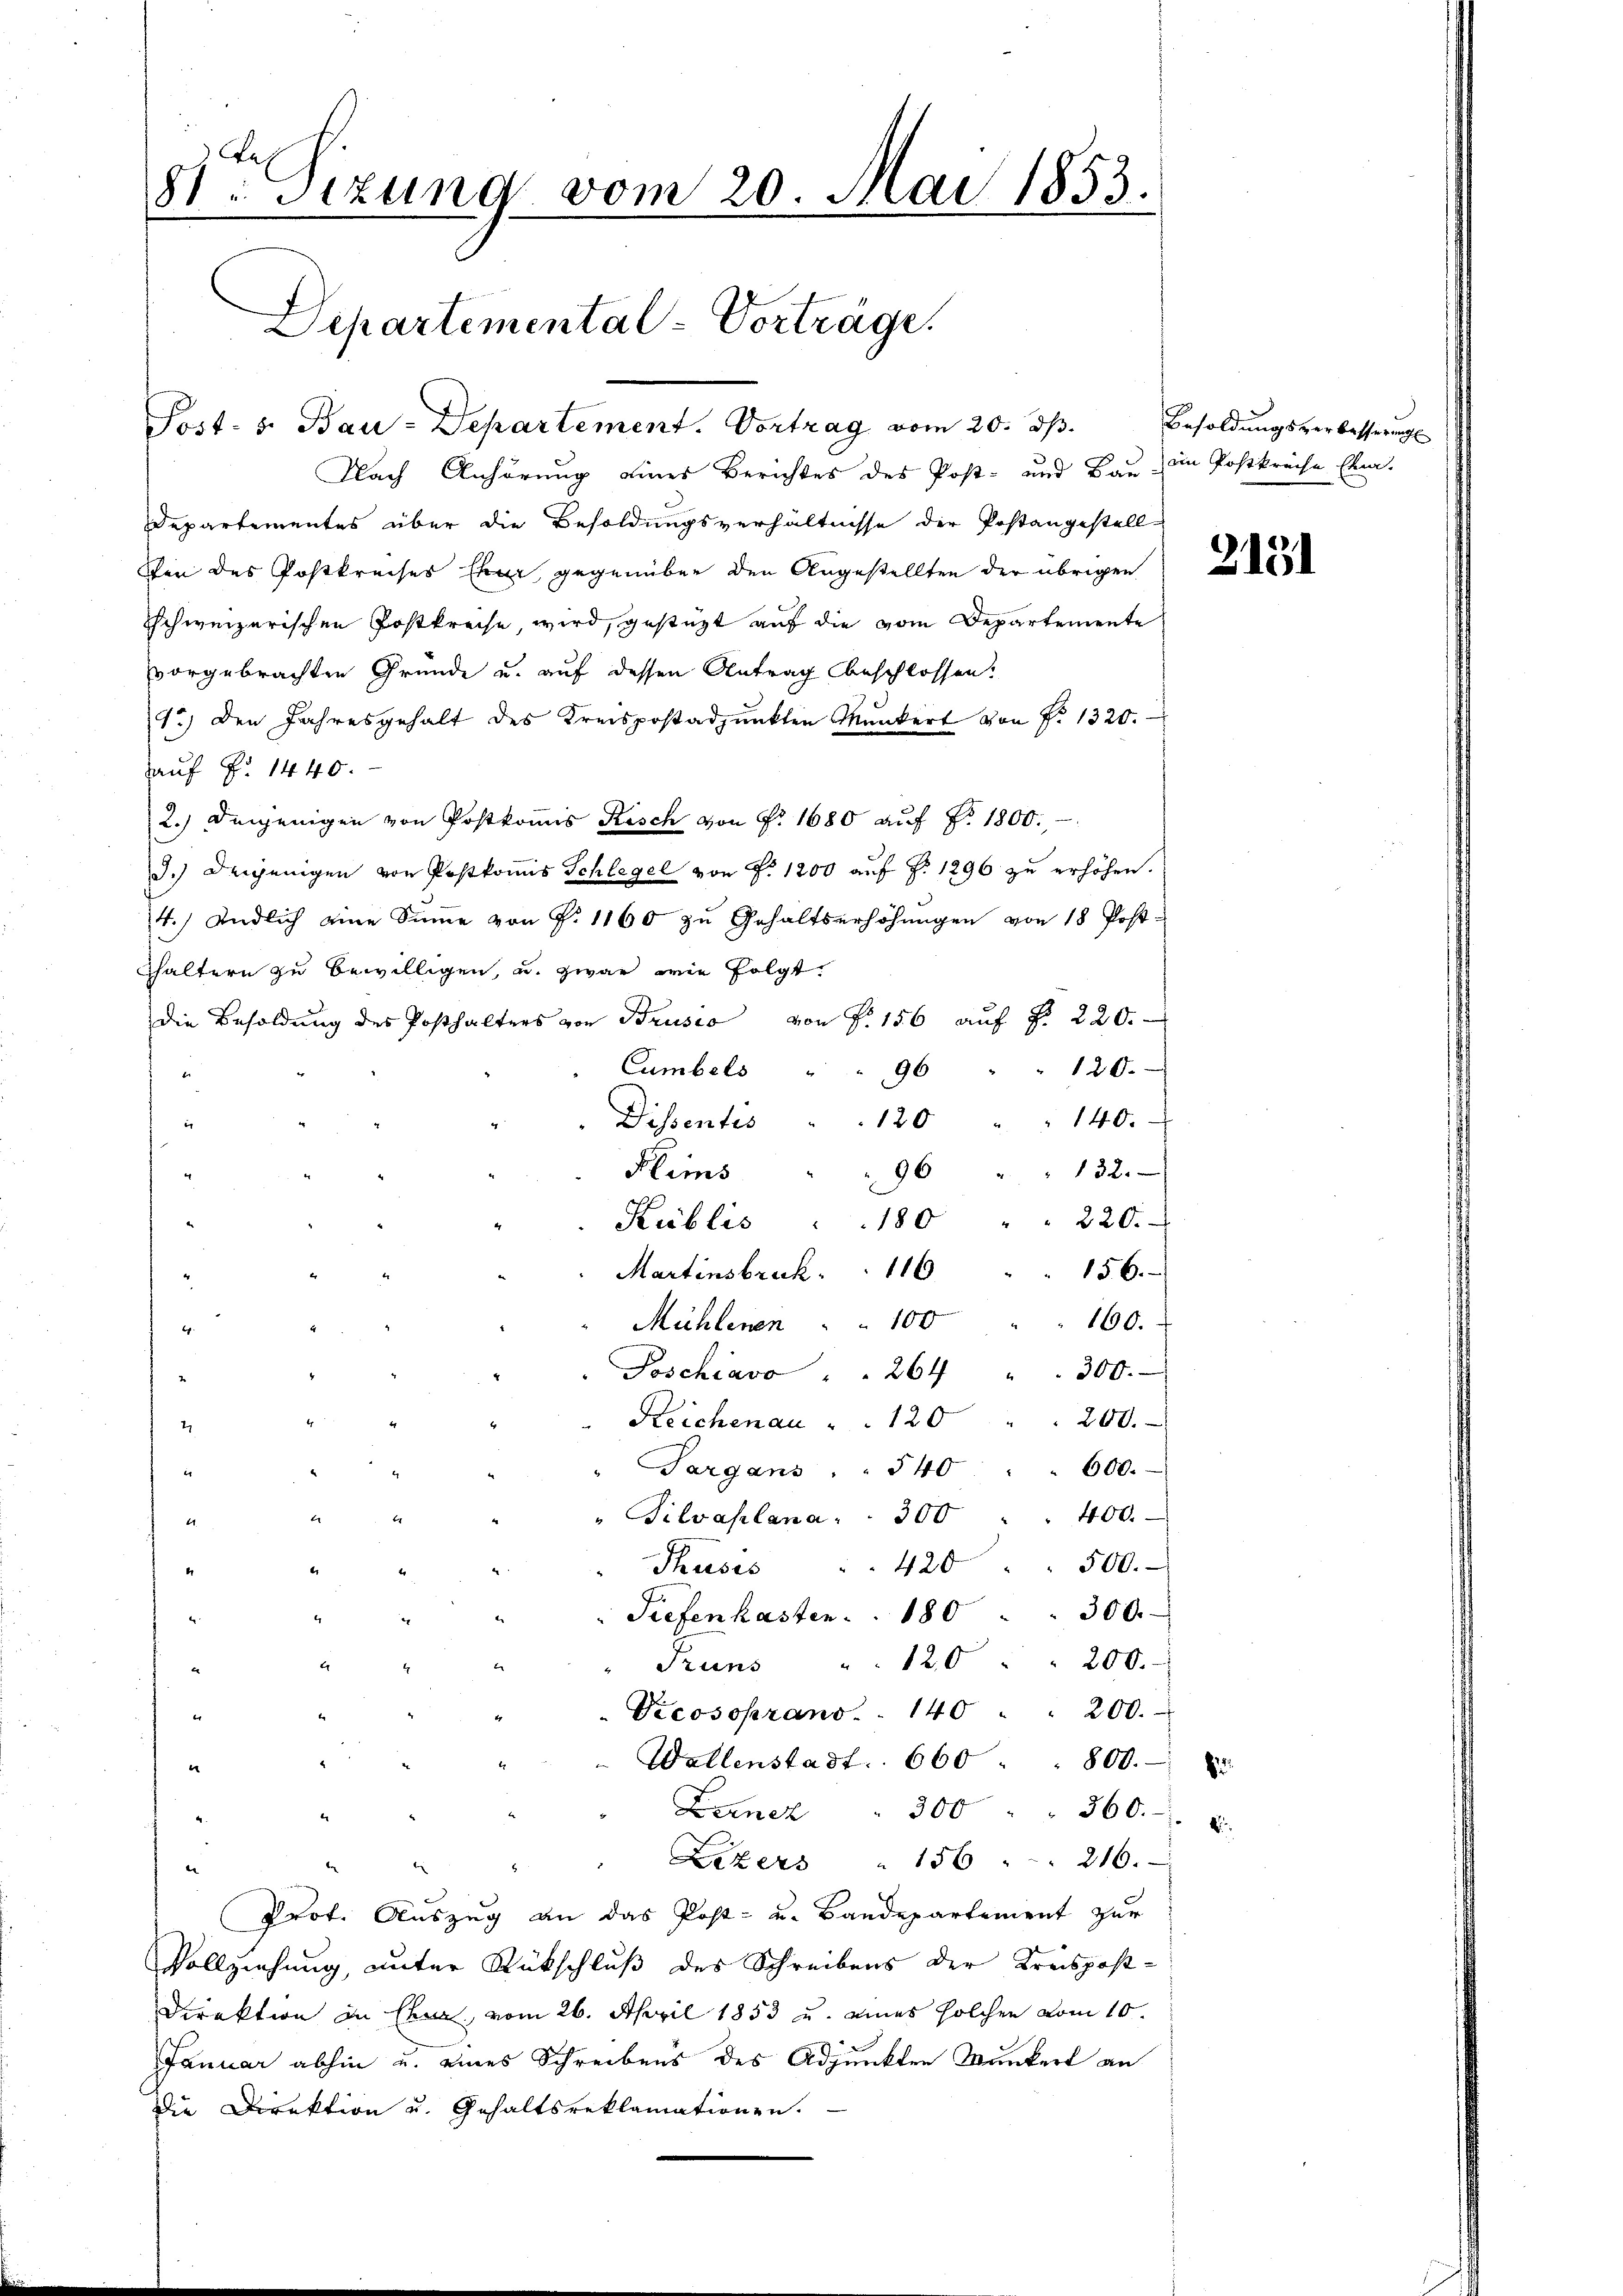
e
81: Sizung vom 20. Mai 1853.
Departemental-Vorträge.

Post. S. Bau-Departement. Vortrag vom 20. ds.

Nach Anhörung eines Berichtes des Post- und Bau in Postkreise Ema¬
Departementes über die Besoldungsverhältnisse der Postangestell-
Von des Postkreises Ehe gegenüber den Angestellten der übrigen de
Schweizerischen Postkreise, wird, gestüzt auf die vom Departemente
vorgebrachten Gründe u. auf dessen Antrag beschlossen.
1.) Den Jahresgehalt des Kreispostadpŭnkten Munkert von No 1320.
auf Fr. 1440.
2.) Denjenigen von Postkomis Risch von Nr. 1680 auf Nr. 1800.
d.) Derjenigen von Postkoṁis Schlegel von F. 1200 auf §. 1296 zu erhöhen.
4.) Endlich eine Sŭṁe von P. 1160 zŭ Gehaltserhöhŭngen von 18 Post-
haltern zu bewilligen, u. zwar wie folgt.
die Besoldŭng des Posthalters von Brusio von P. 156 aŭf §. 220.
120.
umbels
96
H
140.
i
Dissentis . . 120
Flims
96 " " 132.
220.
Kublis
180
156.
Martinsbruck. 116
100
160.
Mühlenen
300.
Poschiavo . . 264
200.
Reichenau " 120
Sargans . . 540
600.
400.
" Silvaplana . . 300
500.
Phuses . 420
300.
Tiefen hasten . . 180
Pruns " 120 " " 200.
Vicosoprans. . 140 . . 200.
Wallenstadt. 660 " " 800.
Lerner " 300 " " 360 u.
Likers " 156 " " 216.
Prot. Auszug an das Post- u. Baudepartement zur
Vollziehung, unter Rückschluß des Schreibens der Kreispost-
Direktion in Chur, vom 26. April 1853 u. eines solchen vom 10.
Januar abhin u. eines Schreibens des Adjunkten Wunkert an
Die Direktion u. Gehaltsreklamationen.

Besoldungsverbesserung